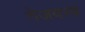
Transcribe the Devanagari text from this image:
गेजवस्त्र